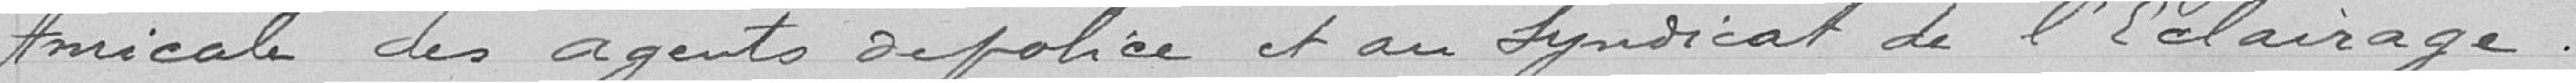
Amicale des agents de police et au Syndicat de l'éclairage.